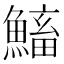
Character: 𩹱